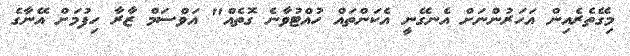
މިގޭތެރެއިން އަހަރުންނަށް އެނގޭނީ އެކަންތައް ހުއްޓުވާނެ ގޮތެއް" އަވްސަމް ޒާރާ ހިފުމަށް އޭނާގެ